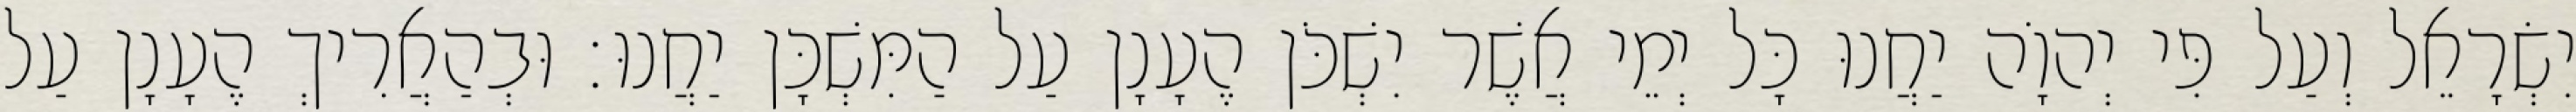
יִשְׂרָאֵל וְעַל פִּי יְהוָֹה יַחֲנוּ כָּל יְמֵי אֲשֶׁר יִשְׁכֹּן הֶעָנָן עַל הַמִּשְׁכָּן יַחֲנוּ׃ וּבְהַאֲרִיךְ הֶעָנָן עַל